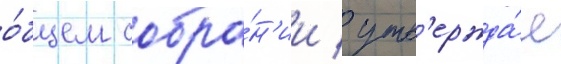
о́бщем собра́н'ии / утв'ержда́я